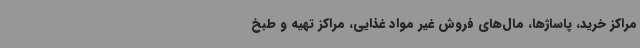
مراکز خرید، پاساژها، مال‌های فروش غیر مواد غذایی، مراکز تهیه و طبخ